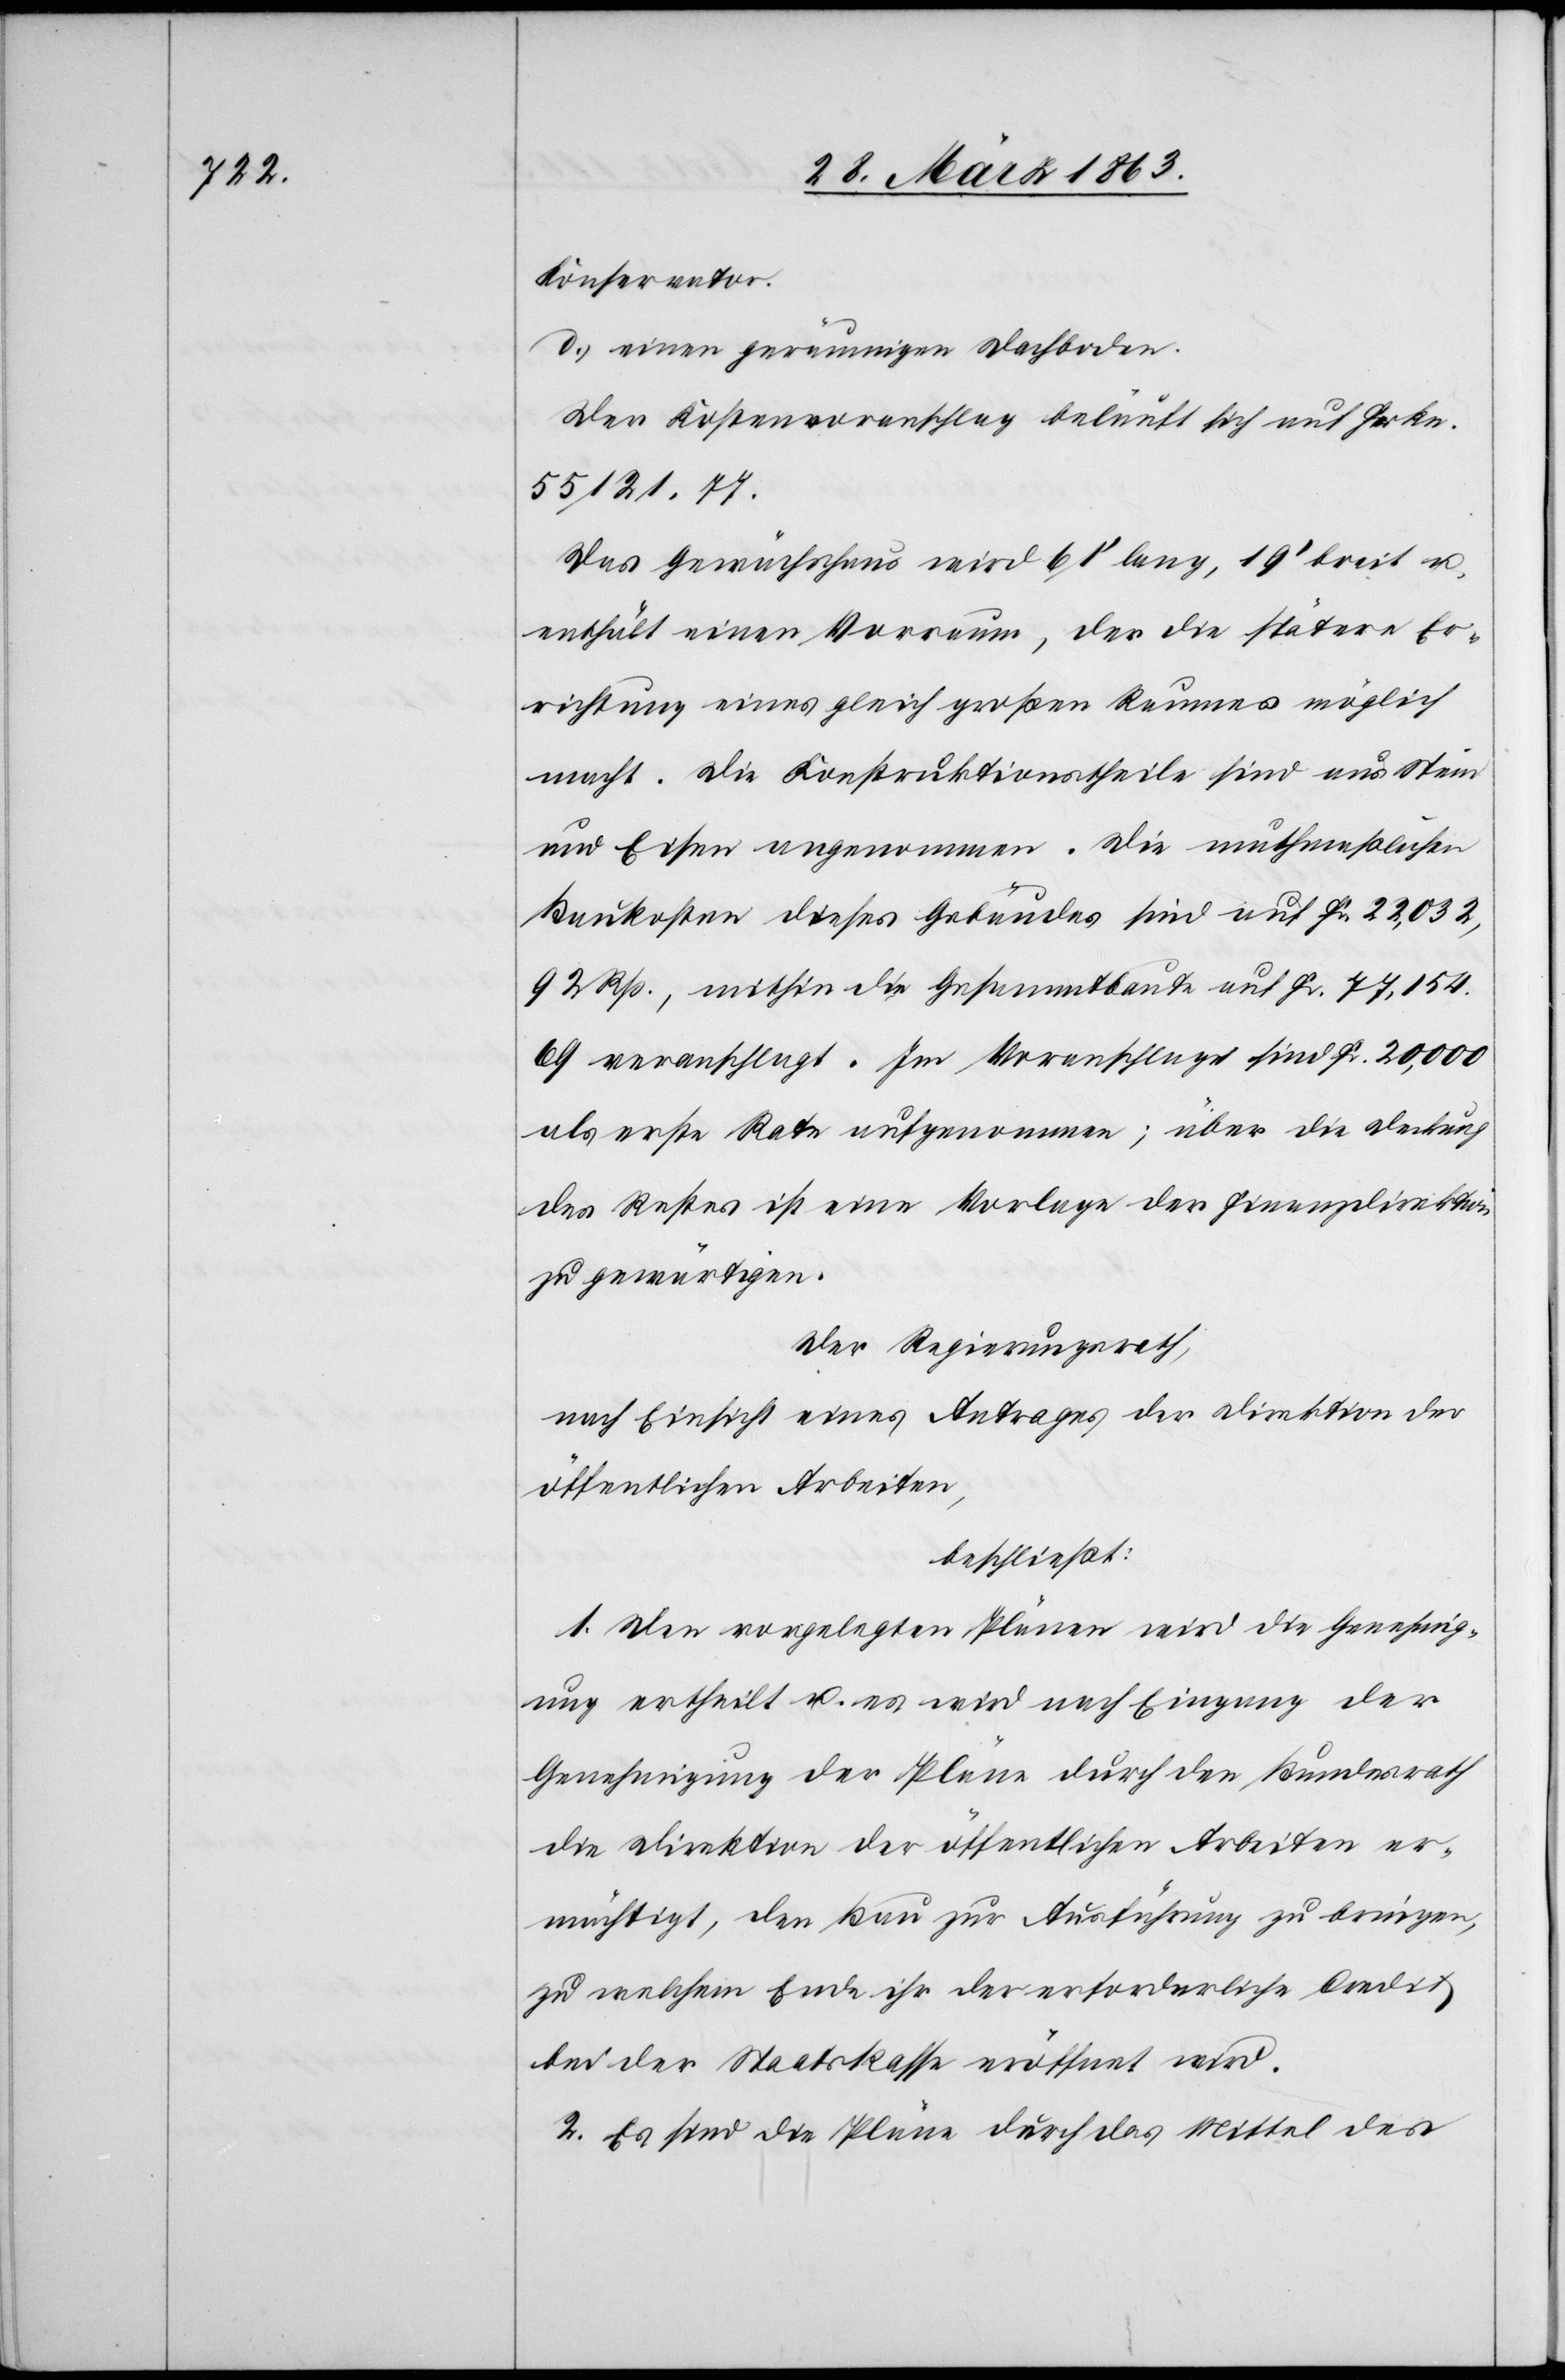
Konservator.
d.) einen geräumigen Dachboden.
Der Kostenvoranschlag beläuft sich auf Frkn.
55 121. 77.
Das Gewächshaus wird 61' lang, 19' breit u.
enthält einen Vorraum, der die spätere Er¬
richtung eines gleich großen Raumes möglich
macht. Die Konstruktionstheile sind aus Stein
und Eisen angenommen. Die muthmaßlichen
Baukosten dieses Gebäudes sind auf Fr. 22,032,
92 Rp., mithin die Gesammtbaute auf Fr. 77,154.
69 veranschlagt. Im Voranschlage sind Fr. 20,000
als erste Rate aufgenommen; über die Deckung
des Restes ist eine Vorlage der Finanzdirektion
zu gewärtigen.
Der Regierungsrath,
nach Einsicht eines Antrages der Direktion der
öffentlichen Arbeiten,
beschließt:
1. Den vorgelegten Plänen wird die Genehmig¬
ung ertheilt u. es wird nach Eingang der
Genehmigung der Pläne durch den Bundesrath
die Direktion der öffentlichen Arbeiten er¬
mächtigt, den Bau zur Ausführung zu bringen,
zu welchem Ende ihr der erforderliche Credit
bei der Staatskasse eröffnet wird.
2. Es sind die Pläne durch das Mittel des